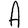
Character: A